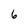
Character: 6